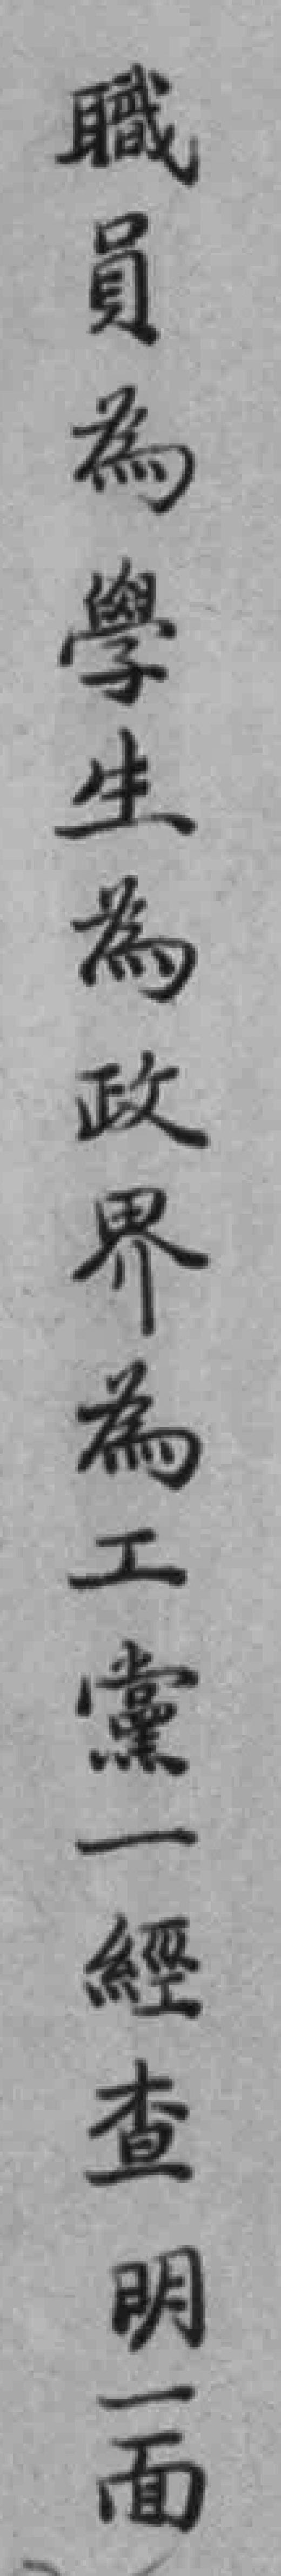
職員為學生為政界為工黨一經查明一面